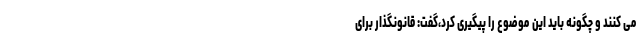
می کنند و چگونه باید این موضوع را پیگیری کرد،گفت: قانونگذار برای